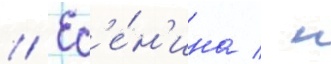
// Ес'е́н'ина / н